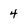
Character: 4